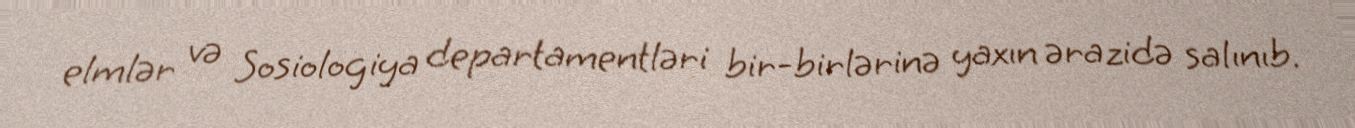
elmlər və Sosiologiya departamentləri bir-birlərinə yaxın ərazidə salınıb.